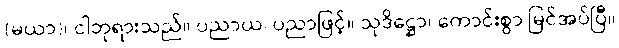
(မယာ)၊ ငါဘုရားသည်။ ပညာယ၊ ပညာဖြင့်။ သုဒိဋ္ဌော၊ ကောင်းစွာ မြင်အပ်ပြီ။